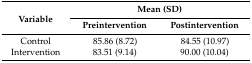
<table><thead><tr><td rowspan="2"><b>Variable</b></td><td colspan="2"><b>Mean (SD)</b></td></tr><tr><td><b>Preintervention</b></td><td><b>Postintervention</b></td></tr></thead><tbody><tr><td>Control Intervention</td><td>85.86 (8.72) 83.51 (9.14)</td><td>84.55 (10.97) 90.00 (10.04)</td></tr></tbody></table>